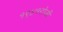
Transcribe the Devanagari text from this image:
१९४१रोजी